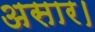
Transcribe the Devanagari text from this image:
असार।